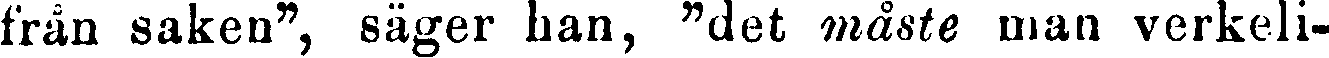
från saken", säger han, "det måste man verkeli-